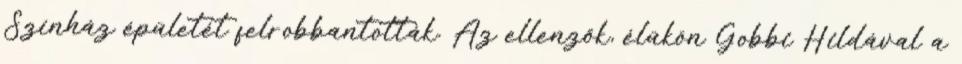
Színház épületét felrobbantották. Az ellenzők, élükön Gobbi Hildával a